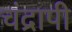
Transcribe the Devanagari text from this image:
चंद्रापी